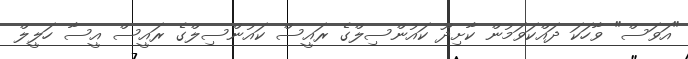
"އަވަސް" ވާހަކަ ދައްކަވަމުން ކާށިދޫ ކައުންސިލްގެ ރައީސް ކައުންސިލްގެ ރައީސް އީސާ ހަލީލް